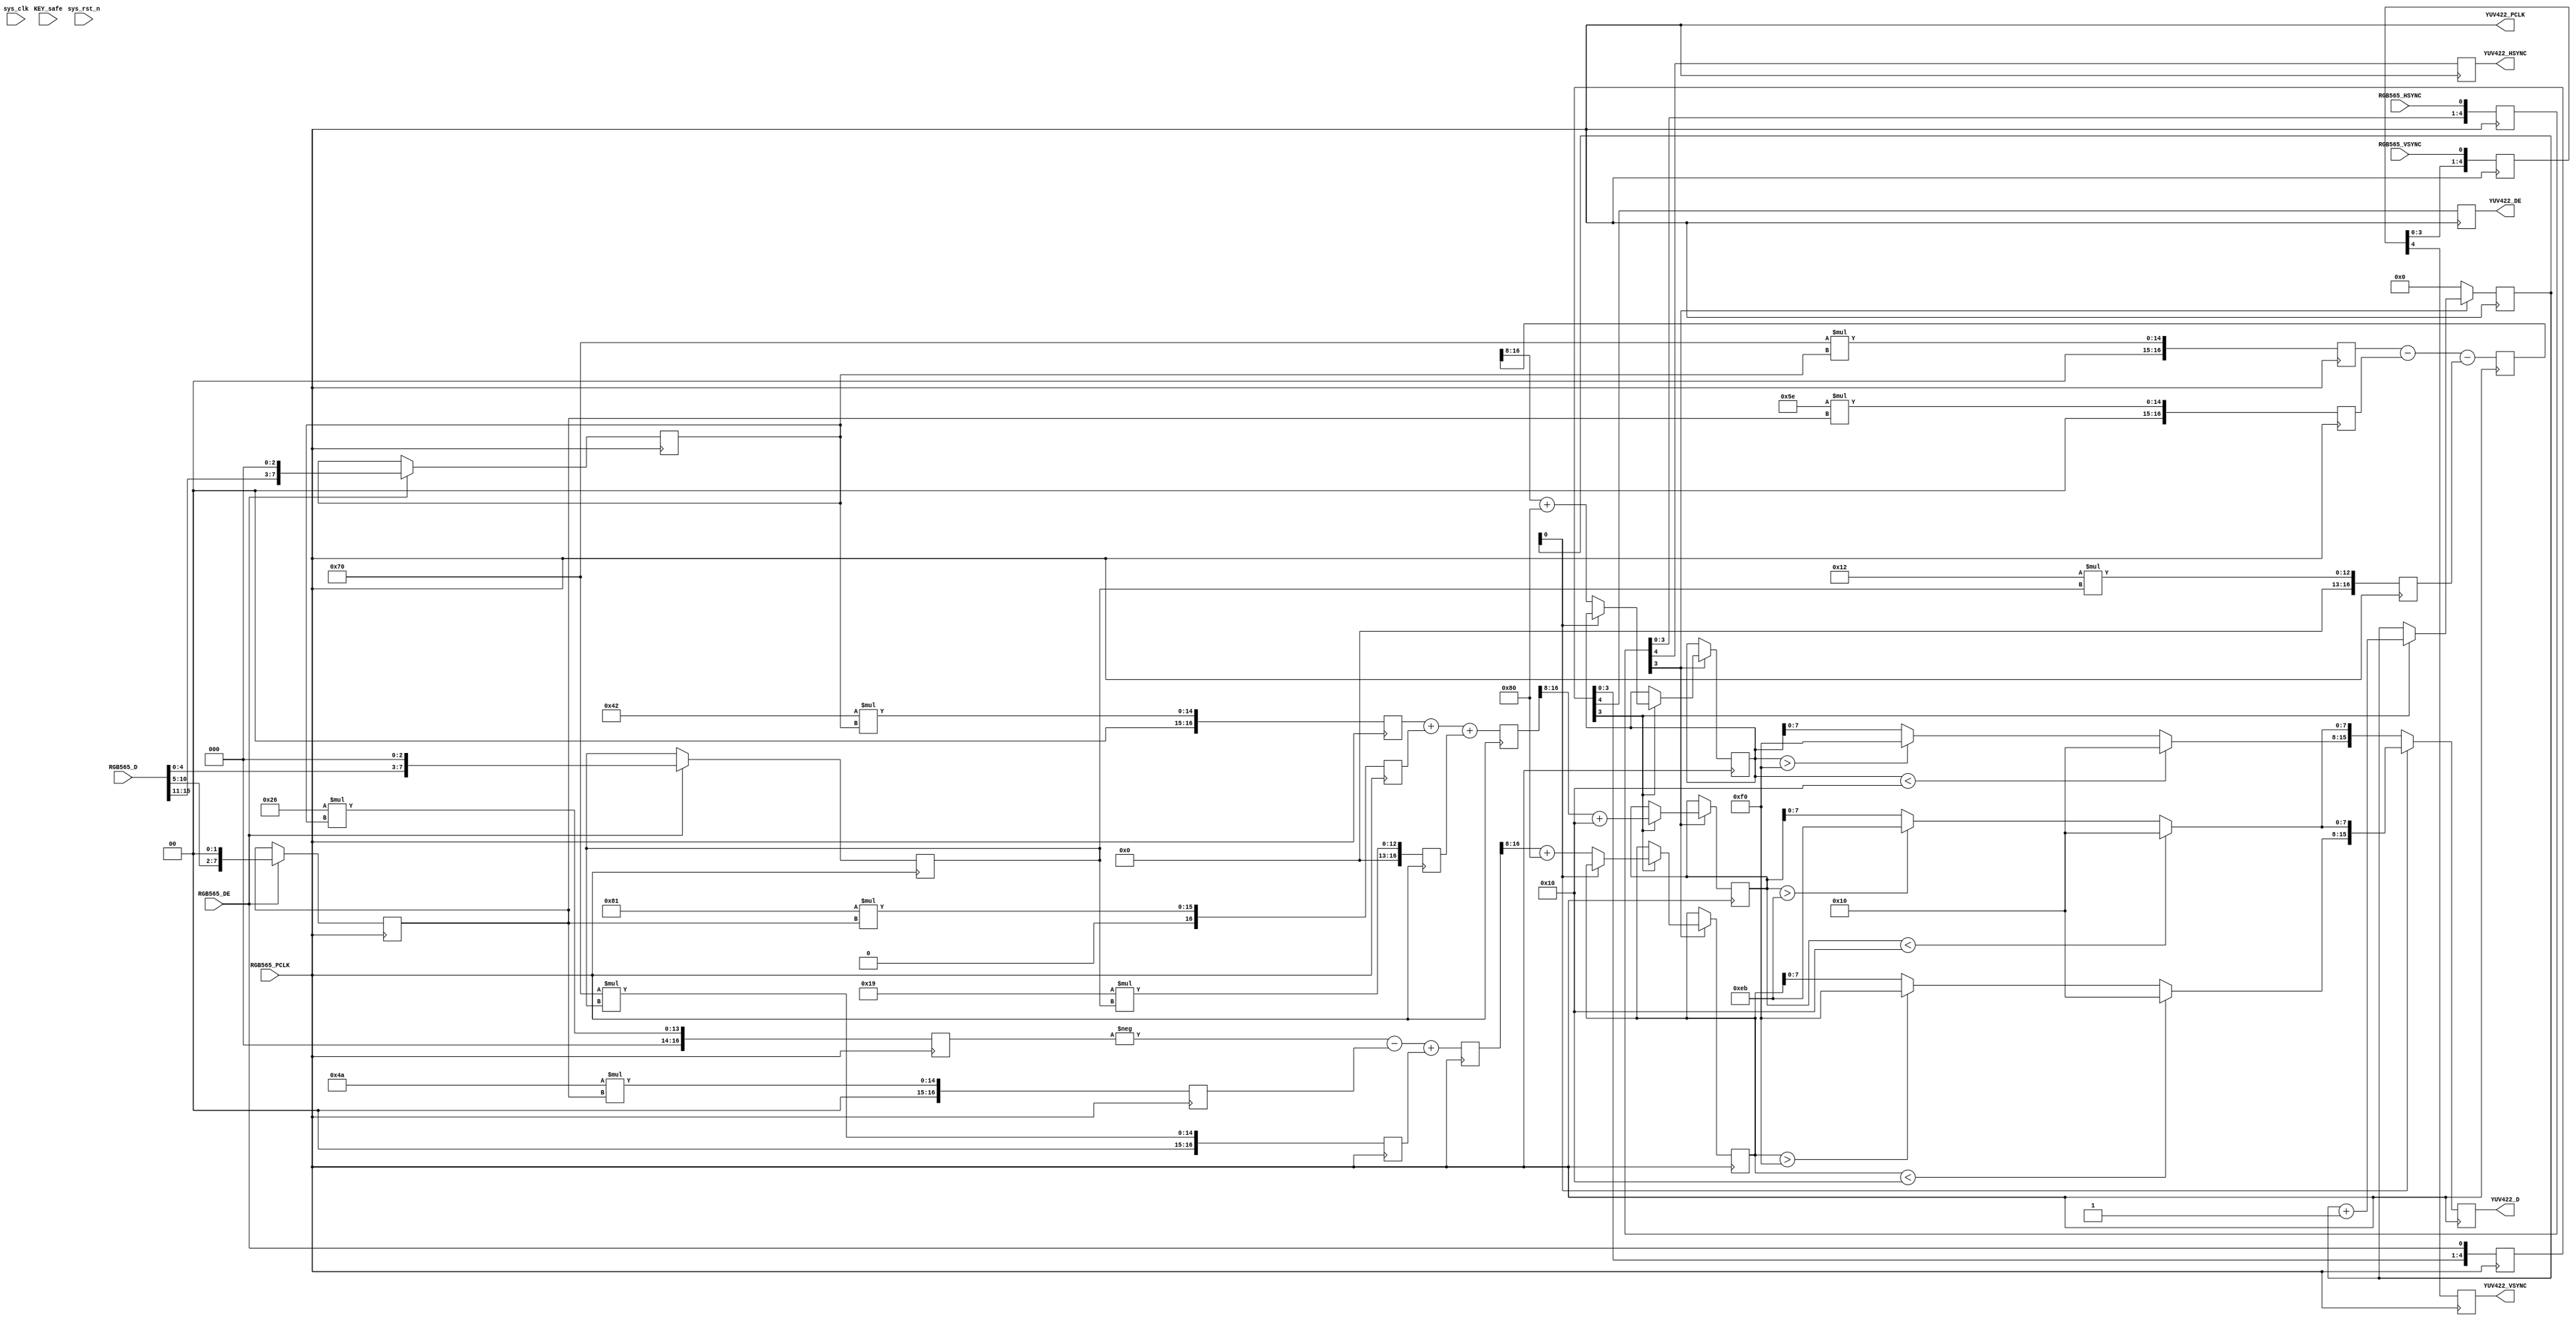
module RGB565_YUV422
(
	// system signal
	input	wire			sys_clk, sys_rst_n,
	input	wire	[7:2]	KEY_safe,
	// 7121
	input	wire			RGB565_PCLK,
	input	wire			RGB565_HSYNC,		// 		// MT9D111
	input	wire			RGB565_VSYNC,		// 	// MT9D111
	input	wire	[15:0]	RGB565_D,
	input	wire			RGB565_DE,			// 
	output	wire			YUV422_PCLK,		// [YUV422]
	output	reg		[15:0]	YUV422_D,
	output	reg				YUV422_DE,
	output	reg				YUV422_HSYNC,
	output	reg				YUV422_VSYNC
);
	/*
	yuv<-->rgb
		Y'= 0.299*R' + 0.587*G' + 0.114*B'
		U'= -0.147*R' - 0.289*G' + 0.436*B' =0.492*(B'- Y')
		V'= 0.615*R' - 0.515*G' - 0.100*B' =0.877*(R'- Y')
		R' = Y' + 1.140*V'
		G' = Y' - 0.394*U' - 0.581*V'
		B' = Y' + 2.032*U'
	yCbCr<-->rgb
		Y = 0.257*R' + 0.504*G' + 0.098*B' + 16
		Cb' = -0.148*R' - 0.291*G' + 0.439*B' + 128
		Cr' = 0.439*R' - 0.368*G' - 0.071*B' + 128
		R' = 1.164*(Y-16) + 1.596*(Cr'-128)
		G' = 1.164*(Y-16) - 0.813*(Cr'-128) -0.392*(Cb'-128)
		B' = 1.164*(Y-16) + 2.017*(Cb'-128)
	*/
	// 
	reg		[15:0]	HSYNC;
	reg		[15:0]	VSYNC;
	reg		[15:0]	DE;
	always @(posedge RGB565_PCLK)
	begin
		HSYNC <= {HSYNC[14:0], RGB565_HSYNC};
		VSYNC <= {VSYNC[14:0], RGB565_VSYNC};
		DE <= {DE[14:0], RGB565_DE};
	end
	//
	assign			YUV422_PCLK = RGB565_PCLK;
	/////////////////////////
	// RGB to YUV, data/valid selected
	reg		[10:0]	pix_cnt;
	reg		[7:0]	RGB888_R;
	reg		[7:0]	RGB888_G;
	reg		[7:0]	RGB888_B;
	always @(posedge RGB565_PCLK)
	begin
		if(RGB565_DE)
		begin
			RGB888_R <= {RGB565_D[15:11], 3'B000};
			RGB888_G <= {RGB565_D[10:5], 2'B00};
			RGB888_B <= {RGB565_D[4:0], 3'B000};
		end
	end
	// RGB to YUV
	reg		[16:0]	YUV422_Y_reg;// = 66*RGB888_R + 129 * RGB888_G + 25*RGB888_B;
	reg		[16:0]	YUV422_Cb_reg;// = -38*RGB888_R - 74*RGB888_G + 112*RGB888_B;
	reg		[16:0]	YUV422_Cr_reg;// = 112*RGB888_R - 94*RGB888_G - 18*RGB888_B;
	// set_multicycle_path -- 
	//  5CSEBA6U23I7 65MHz(Fmax=81.63MHz)
	// MAC * / +  ==> 171.79MHz
	reg		[16:0]	RGB888_R_66;
	reg		[16:0]	RGB888_R_38;
	reg		[16:0]	RGB888_R_112;
	reg		[16:0]	RGB888_G_129;
	reg		[16:0]	RGB888_G_74;
	reg		[16:0]	RGB888_G_94;
	reg		[16:0]	RGB888_B_25;
	reg		[16:0]	RGB888_B_112;
	reg		[16:0]	RGB888_B_18;
	always @(posedge YUV422_PCLK)
	begin
		RGB888_R_66 <= 9'D66*RGB888_R;
		RGB888_R_38 <= 9'D38*RGB888_R;
		RGB888_R_112 <= 9'D112*RGB888_R;
		RGB888_G_129 <= 9'D129*RGB888_G;
		RGB888_G_74 <= 9'D74*RGB888_G;
		RGB888_G_94 <= 9'D94*RGB888_G;
		RGB888_B_25 <= 9'D25*RGB888_B;
		RGB888_B_112 <= 9'D112*RGB888_B;
		RGB888_B_18 <= 9'D18*RGB888_B;
		
		YUV422_Y_reg <= RGB888_R_66 + RGB888_G_129 + RGB888_B_25;
		YUV422_Cb_reg <= - RGB888_R_38 - RGB888_G_74 + RGB888_B_112;
		YUV422_Cr_reg <= RGB888_R_112 - RGB888_G_94 - RGB888_B_18;
	end
	// Y1:1Cb/Cr2:1
	reg		[8:0]	YUV422_Y;
	reg		[8:0]	YUV422_Cb;
	reg		[8:0]	YUV422_Cr;
	always @(posedge YUV422_PCLK)
		if(!HSYNC[3])
			pix_cnt <= 0;
		else if(DE[3])
		begin
			YUV422_Y <= (YUV422_Y_reg>>>8) + 16;	// 16~235
			if(!pix_cnt[0])
			begin
				YUV422_Cb <= (YUV422_Cb_reg>>>8) + 128;	// 16~240
				YUV422_Cr <= (YUV422_Cr_reg>>>8) + 128;	// 16~240
			end
			
			pix_cnt <= pix_cnt + 1;
		end
	
	wire	[7:0]	YUV422_Y_valid = (YUV422_Y<16)? 16 : (YUV422_Y>235)? 235 : YUV422_Y;
	wire	[7:0]	YUV422_Cb_valid = (YUV422_Cb<16)? 16 : (YUV422_Cb>240)? 240 : YUV422_Cb;
	wire	[7:0]	YUV422_Cr_valid = (YUV422_Cr<16)? 16 : (YUV422_Cr>240)? 240 : YUV422_Cr;
	
	always @(posedge YUV422_PCLK)
	begin
		if(pix_cnt[0])
			YUV422_D <= {YUV422_Cb_valid, YUV422_Y_valid};
		else
			YUV422_D <= {YUV422_Cr_valid, YUV422_Y_valid};
		//
		YUV422_DE <= DE[4];
		YUV422_HSYNC <= HSYNC[4];
		YUV422_VSYNC <= VSYNC[4];
	end	
	//
	
endmodule